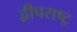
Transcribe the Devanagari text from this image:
द्वीपराष्ट्र